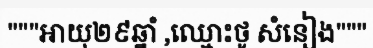
"""អាយុ២៩ឆ្នាំ ,ឈ្មោះថូ សំនៀង"""